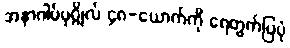
အနာဂါမ်ပုဂ္ဂိုလ် ၄၈-ယောက်ကို ရေတွက်ပြပုံ